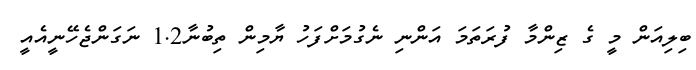
ބިލިއަން މީ ގެ ޒިންމާ ފުރަތަމަ އަންނި ނެގުމަށްފަހު ޔާމިން ތިބުނާ1.2 ނަގަންޖެހޭނީއެއީ